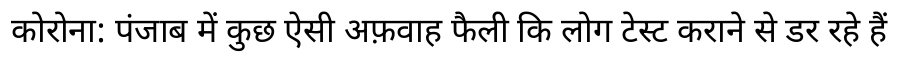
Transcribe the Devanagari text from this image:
कोरोना: पंजाब में कुछ ऐसी अफ़वाह फैली कि लोग टेस्ट कराने से डर रहे हैं